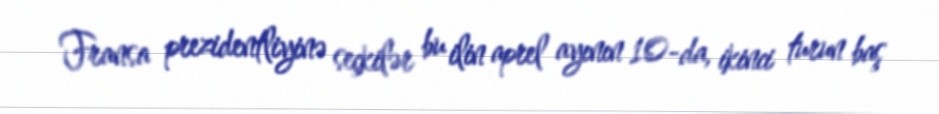
Fransa prezidentliyinə seçkilər bu ilin aprel ayının 10-da, ikinci turun baş